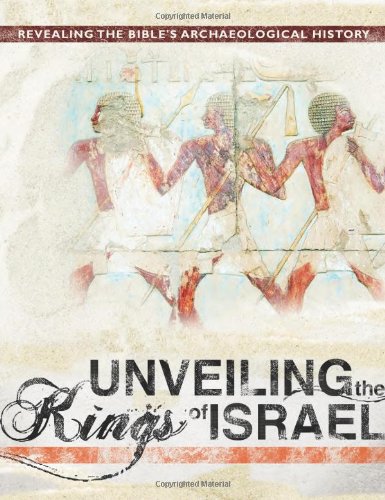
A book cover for Unveiling the Kings of Israel: Revealing the Bible's Archaeological History; David Down; History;